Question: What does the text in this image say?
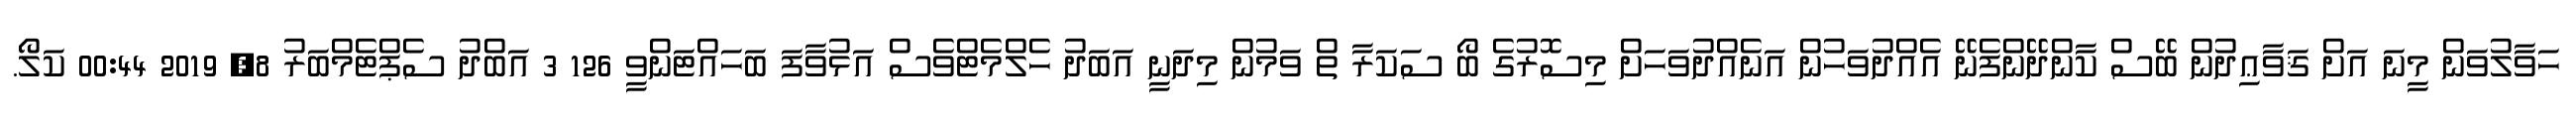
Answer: ހަވާލުވަން މީނަ އަށް ޤަވާޢިދުން ބޭސް ކާންދޭންފެނޭ އެއްދުވަހުން އަނެއްދުވަހަށް މިސޮރުގެ ބޯ ސަކަރާ ތް ވަމުން މިދަނީ އަބަދު ހެލްމެޓްވެސް އަޅުވާފަ ބަހައްޓަންވީ 126 3 އަބްދު ސެޕްޓެމްބަރު 8, 2019 00:44 ކަލޯ.